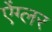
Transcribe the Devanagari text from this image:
ऐंग्लर